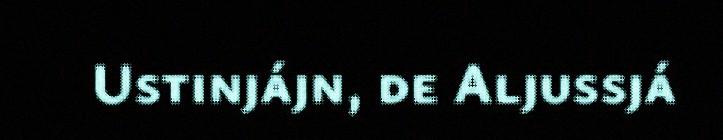
Ustinjájn, de Aljussjá